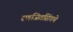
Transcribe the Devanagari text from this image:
रणजितसिंगचे